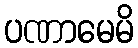
ပဏာမေမိ